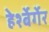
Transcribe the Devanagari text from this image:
हेर्श्बेर्गेर